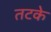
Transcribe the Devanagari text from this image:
तटके